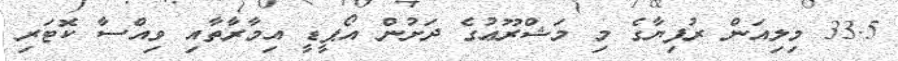
33.5 މިލިއަން ރުފިޔާގެ މި މަޝްރޫޢުގެ ދަށުން އޯޕީޑީ އިމާރާތާއި ވިއްސާ ކޮޓަރި